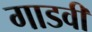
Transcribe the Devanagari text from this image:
गाडवी